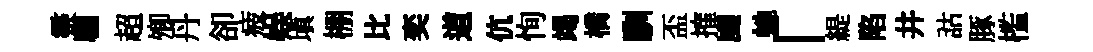
靈麕超𡖖丹卻疲娱填棚比奕道伉恂竭橋馴盃搉颸虵「緹陷井詁䐁槛